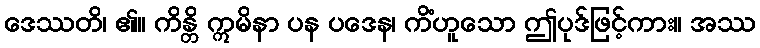
ဒေဿတိ၊ ၏။ ကိန္တိ ဣမိနာ ပန ပဒေန၊ ကိံဟူသော ဤပုဒ်ဖြင့်ကား။ အဿ